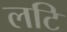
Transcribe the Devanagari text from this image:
लटि